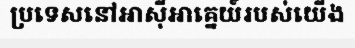
ប្រទេសនៅអាស៊ីអាគ្នេយ៍របស់យើង